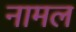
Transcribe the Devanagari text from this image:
नामल